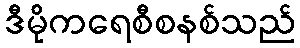
ဒီမိုကရေစီစနစ်သည်